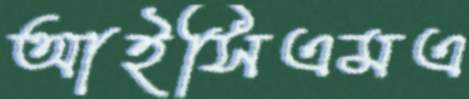
আইসিএমএ